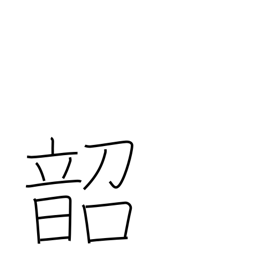
Meaning: emperor Shun's music